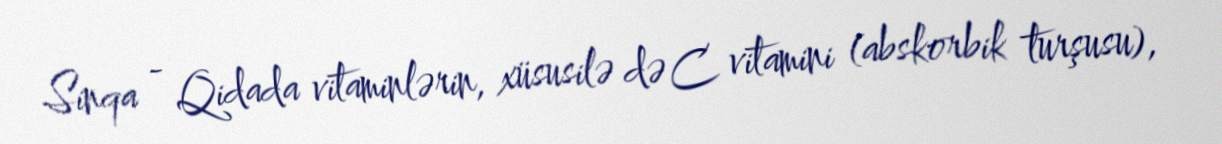
Sinqa - Qidada vitaminlərin, xüsusilə də C vitamini (abskorbik turşusu),